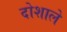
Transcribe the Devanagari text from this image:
दोशाले